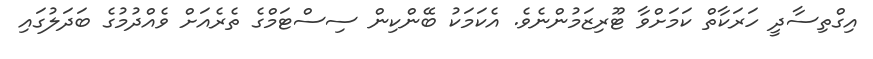
އިގްތިސާދީ ހަރަކާތް ކަމަށްވާ ޓޫރިޒަމުންނެވެ. އެކަމަކު ބޭންކިން ސިސްޓަމްގެ ތެރެއަށް ވެއްދުމުގެ ބަދަލުގައި